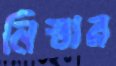
নিস্তার